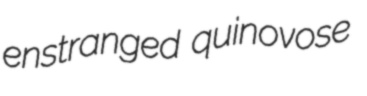
enstranged quinovose